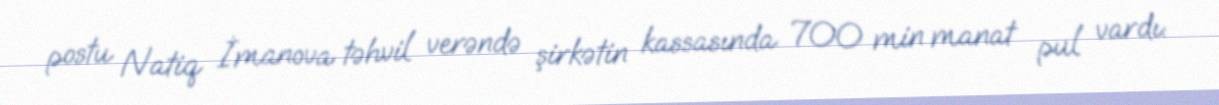
postu Natiq İmanova təhvil verəndə şirkətin kassasında 700 min manat pul vardı: